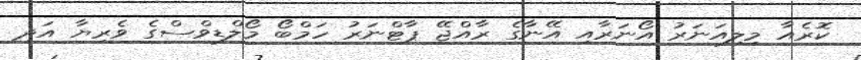
ކޮރެއާ މިލިއަނަރު އޯނަރާއި އޭނާގެ ރާއްޖޭ ޕާޓްނަރު ހަމްބޯ މޯލްޑިވްސްގެ ވެރިޔާ އަދި